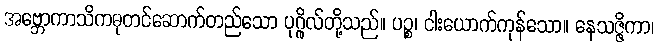
အဗ္ဘောကာသိကဓုတင်ဆောက်တည်သော ပုဂ္ဂိုလ်တို့သည်။ ပဉ္စ၊ ငါးယောက်ကုန်သော။ နေသဇ္ဇိကာ၊